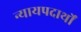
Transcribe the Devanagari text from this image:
न्यायपदार्थों